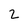
Character: 2